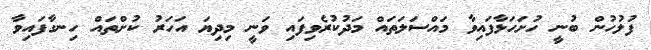
ފުލުހުން ބުނީ ހުށަހަޅާފައިވާ މައްސަލަތައް މަދުކުރެވިފައި ވަނީ މިދިޔަ އަހަރު ކުށްތައް ހިނގާފައިވާ